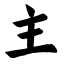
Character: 主